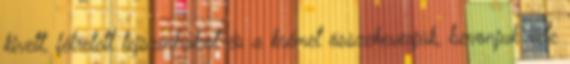
kivett, félretett tejszínhabot és a krémet összekeverjük, bevonjuk vele